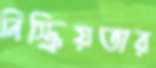
নিস্ক্রিয়তার